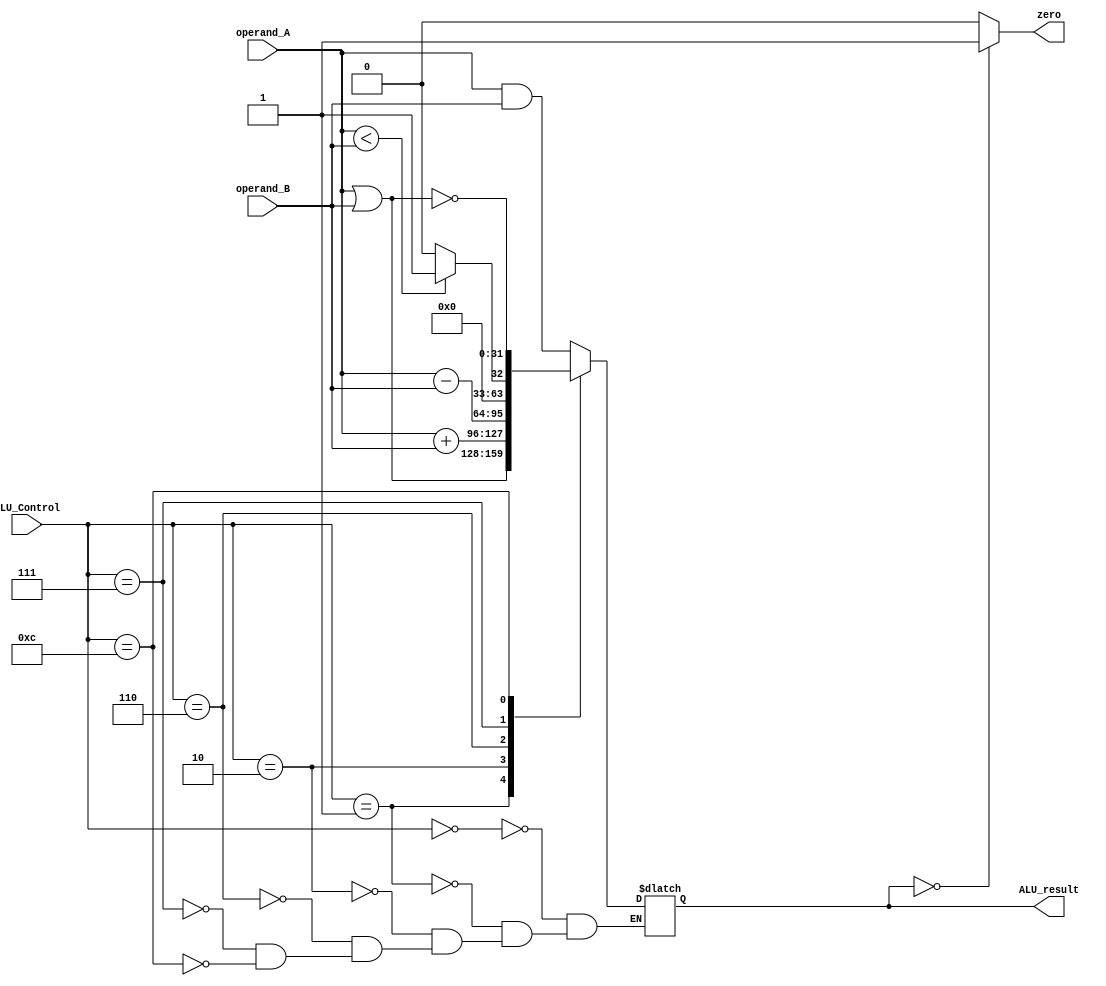
`timescale 1ns / 1ns
/** @module : ALU
 *  @author : Albert Bitdiddle
 *  ALU Module Template 
 *  Adaptive and Secure Computing Systems (ASCS) Laboratory
 */
 
module ALU (
		ALU_Control, 
		operand_A, operand_B, 
		ALU_result, zero
); 
input [3:0]   ALU_Control; 
input [31:0]  operand_A ;
input [31:0]  operand_B ;
output reg zero; 
output reg[31:0] ALU_result;

//--------------Add your code here ------------------ 

// TODO: right now, ALU only ANDs the two operands. You have to implement the rest of the instructions.
always@(*) begin
case(ALU_Control)
4'b0000: ALU_result = operand_A & operand_B;	//and
4'b0001: ALU_result = operand_A | operand_B;	//or
4'b0010: ALU_result = operand_A + operand_B;	//add
4'b0110: ALU_result = operand_A - operand_B;	//sub
4'b0111: ALU_result = (operand_A < operand_B) ? 1:0;	//slt
4'b1100: ALU_result = ~(operand_A | operand_B);	//nor

endcase
//zero = ALU_result == (ALU_result == 0) ? 1 : 0;
end

always@(*) begin
if (ALU_result==0)
	zero = 1;
else
	zero = 0;
end
//assign zero = ALU_result == (ALU_result == 0) ? 1 : 0;


//----------------------------------------------------

endmodule